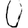
Digit: 0